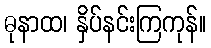
ဓုနာထ၊ နှိပ်နင်းကြကုန်။